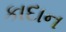
કાદાન